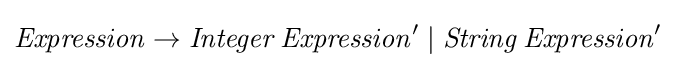
{\mathit {Expression}}\rightarrow {\mathit {Integer}}\,{\mathit {Expression}}'\mid {\mathit {String}}\,{\mathit {Expression}}'